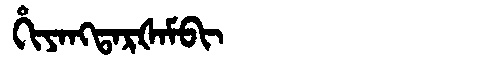
Manchu: ᡥᡳᠶᠠᠩᡨᠠᡵᡧᠠᠮᠪᡳ
Romanization: HIYANGTARŠAMBI